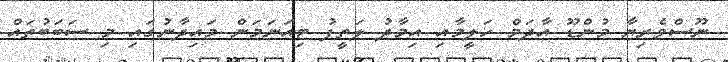
ނޫސްވެރިޔާ މުންޑޫ އާދަމް ހަލީމާއި އިމާދު ލަތީފު ޓިއަނަމަން މައިދާނުގައި މި ސަބަބުތައް